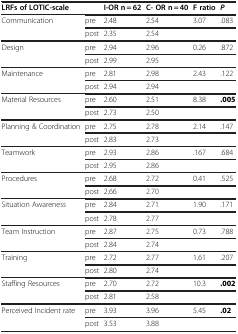
| LRFs of LOTIC-scale |  | I-OR n = 62 | C- OR n = 40 | F ratio | P |
 | --- | --- | --- | --- | --- | --- |
 | <ROWSPAN=2> Communication | pre | 2.48 | 2.54 | 3.07 | .083 |
 | post | 2.35 | 2.54 |  |  |
 | <ROWSPAN=2> Design | pre | 2.94 | 2.96 | 0.26 | .872 |
 | post | 2.99 | 2.95 |  |  |
 | <ROWSPAN=2> Maintenance | pre | 2.81 | 2.98 | 2.43 | .122 |
 | post | 2.94 | 2.94 |  |  |
 | <ROWSPAN=2> Material Resources | pre | 2.60 | 2.51 | 8.38 | .005 |
 | post | 2.73 | 2.50 |  |  |
 | <ROWSPAN=2> Planning & Coordination | pre | 2.75 | 2.78 | 2.14 | .147 |
 | post | 2.83 | 2.73 |  |  |
 | <ROWSPAN=2> Teamwork | pre | 2.93 | 2.86 | .167 | .684 |
 | post | 2.95 | 2.86 |  |  |
 | <ROWSPAN=2> Procedures | pre | 2.68 | 2.72 | 0.41 | .525 |
 | post | 2.66 | 2.70 |  |  |
 | <ROWSPAN=2> Situation Awareness | pre | 2.84 | 2.71 | 1.90 | .171 |
 | post | 2.78 | 2.77 |  |  |
 | <ROWSPAN=2> Team Instruction | pre | 2.87 | 2.75 | 0.73 | .788 |
 | post | 2.84 | 2.74 |  |  |
 | <ROWSPAN=2> Training | pre | 2.72 | 2.77 | 1.61 | .207 |
 | post | 2.80 | 2.74 |  |  |
 | <ROWSPAN=2> Staffing Resources | pre | 2.70 | 2.72 | 10.3 | .002 |
 | post | 2.81 | 2.58 |  |  |
 | <ROWSPAN=2> Perceived Incident rate | pre | 3.93 | 3.96 | 5.45 | .02 |
 | post | 3.53 | 3.88 |  |  |